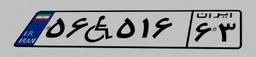
۵۶W۵۱۶۶۳